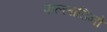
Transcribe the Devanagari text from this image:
पाल्लाडिनो